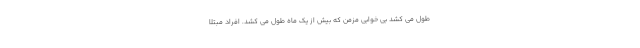
طول می کشد بی خوابی مزمن که بیش از یک ماه طول می کشد. افراد مبتلا